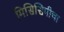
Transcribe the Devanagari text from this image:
मिसिसिपीचा